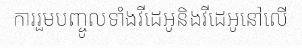
ការរួមបញ្ចូលទាំងវីដេអូនិងវីដេអូនៅលើ